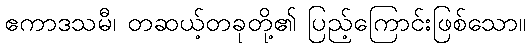
ဧကာဒသမီ၊ တဆယ့်တခုတို့၏ ပြည့်ကြောင်းဖြစ်သော။